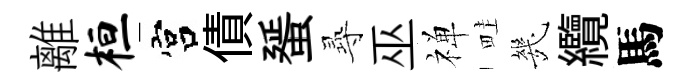
離桓宫債蜑𡬶巫禅畦㡬纜馬